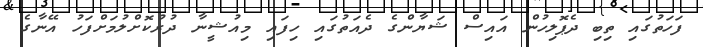
ފަހަތުގައި ތިބި ދެޕޮލިހުން އައިސް ޝަޔާންގެ ދެއަތުގައި ހިފައި މިއުޝީނާ ދުރުކޮށްލުމަށްފަހު އޭނާގެ